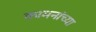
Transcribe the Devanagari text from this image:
कामनांच्या